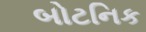
બોટનિક